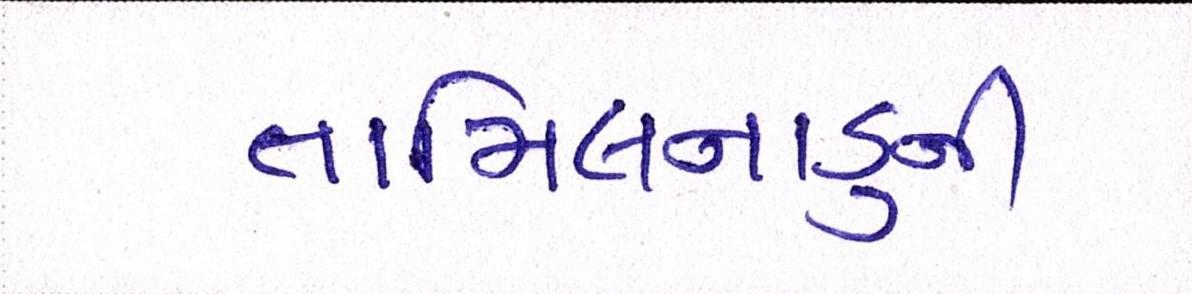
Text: તામિલનાડુની